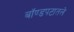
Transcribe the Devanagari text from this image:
बॉण्डपटातले